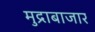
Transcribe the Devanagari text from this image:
मुद्राबाजार